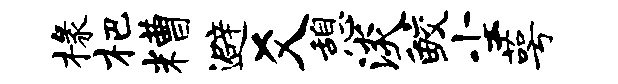
椽杷糟避爻憩淡鲛尘萼